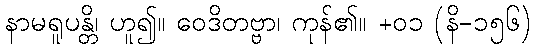
နာမရူပန္တိ၊ ဟူ၍။ ဝေဒိတဗ္ဗာ၊ ကုန်၏။ +၀၁ (နိ-၁၅၆)